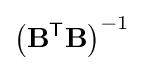
\left(\mathbf {B} ^{\textsf {T}}\mathbf {B} \right)^{-1}